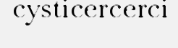
cysticercerci